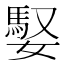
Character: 𪦠